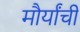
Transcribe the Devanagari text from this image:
मौर्यांची